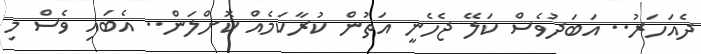
ދެއަހަރު.. އަބަދުވެސް ކަލޭ ޖެހެނީ އަތުން ކުރާކަމެއް ކޮށްލަން.. އެބައި ވެސް މި